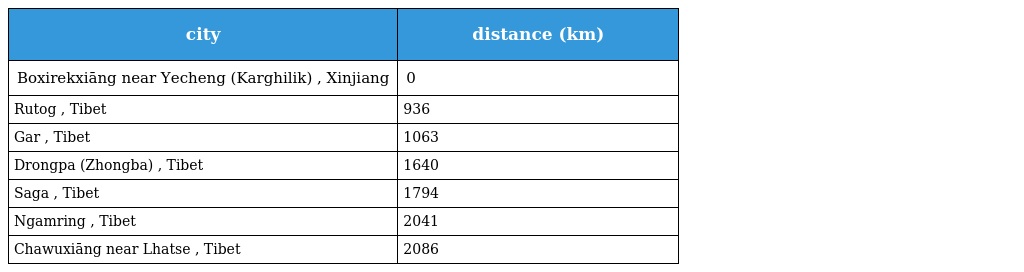
| city | distance (km) |
 | --- | --- |
 | Boxirekxiāng near Yecheng (Karghilik) , Xinjiang | 0 |
 | Rutog , Tibet | 936 |
 | Gar , Tibet | 1063 |
 | Drongpa (Zhongba) , Tibet | 1640 |
 | Saga , Tibet | 1794 |
 | Ngamring , Tibet | 2041 |
 | Chawuxiāng near Lhatse , Tibet | 2086 |